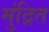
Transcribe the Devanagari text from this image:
मुंद्रित